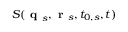
S ( \textbf { q } _ { s } , \textbf { r } _ { s } , t _ { 0 , s } , t )